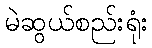
မဲဆွယ်စည်းရုံး